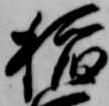
稲